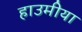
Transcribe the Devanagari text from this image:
हाउमीया